Malaria in the Andamans - Number 56
Disease focus: Malaria
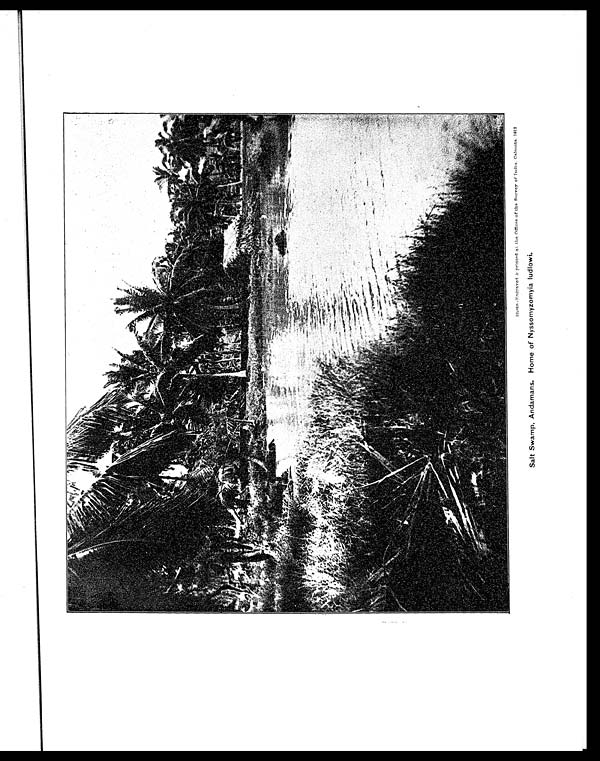
Photo-Engraved & Printed at the Offices of the Survey of India. Calcutta. 1912
Salt Swamp, Andamans. Home of Nyssomyzomyia ludlowi.